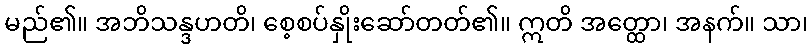
မည်၏။ အဘိသန္ဒဟတိ၊ စေ့စပ်နှိုးဆော်တတ်၏။ ဣတိ အတ္ထော၊ အနက်။ သာ၊